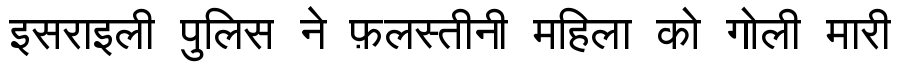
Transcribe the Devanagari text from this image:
इसराइली पुलिस ने फ़लस्तीनी महिला को गोली मारी